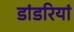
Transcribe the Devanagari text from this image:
डांडरियां